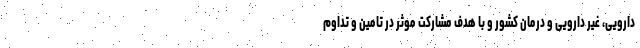
دارویی، غیر دارویی و درمان کشور و با هدف مشارکت موثر در تامین و تداوم